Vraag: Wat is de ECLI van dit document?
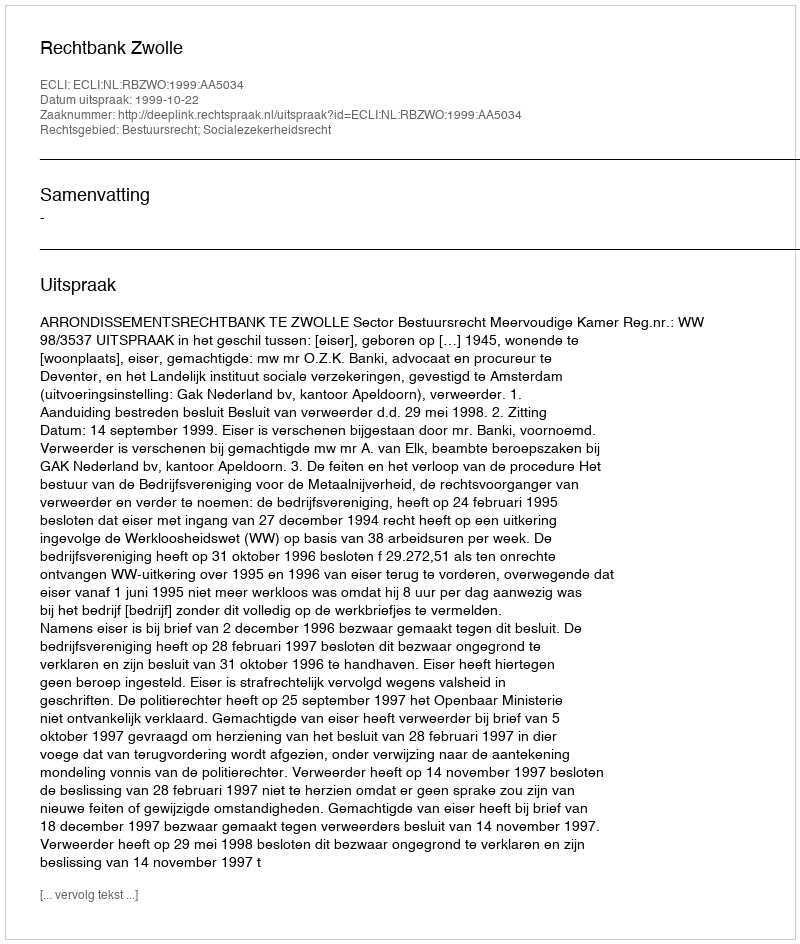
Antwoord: ECLI:NL:RBZWO:1999:AA5034